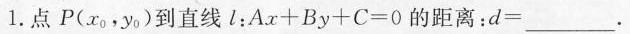
1.点 P(x_{0},y_{0})到直线l:$$A x + B y + C = 0$$的距离:d=____.